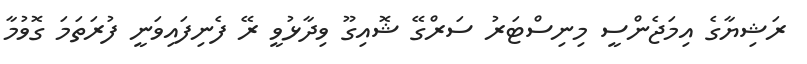
ރަޝިޔާގެ އިމަޖެންސީ މިނިސްޓަރު ސަރްގޭ ޝޮއިގޫ ވިދާޅުވީ ރޭ ފެނިފައިވަނީ ފުރަތަމަ ގޮވުމާ